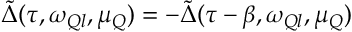
\tilde { \Delta } ( \tau , \omega _ { Q l } , \mu _ { Q } ) = - \tilde { \Delta } ( \tau - \beta , \omega _ { Q l } , \mu _ { Q } )